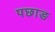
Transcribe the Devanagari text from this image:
पछाङ